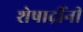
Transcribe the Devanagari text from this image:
शेषाद्रींनी